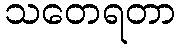
သတေရတာ